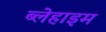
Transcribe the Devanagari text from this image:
ब्लेहाइम